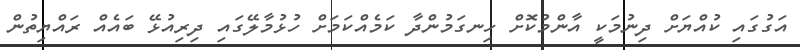
އަގުގައި ކުއްޔަށް ދިނުމަކީ އާންމުކޮށް ހިނގަމުންދާ ކަމެއްކަމަށް ހުޅުމާލޭގައި ދިރިއުޅޭ ބައެއް ރައްޔިތުން